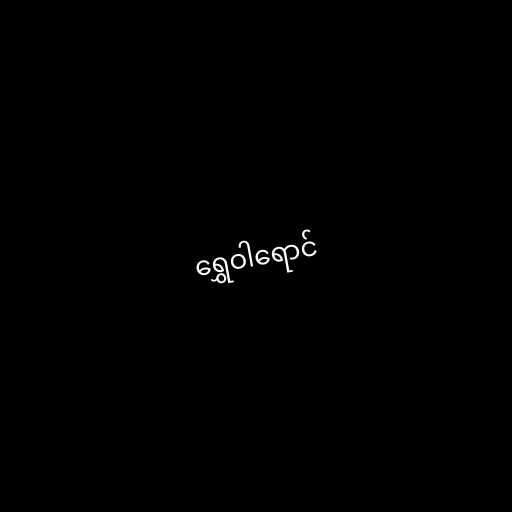
ရွှေဝါရောင်